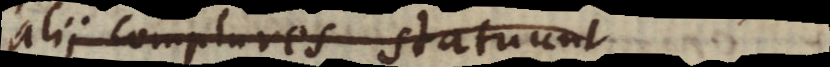
alii complures statuunt